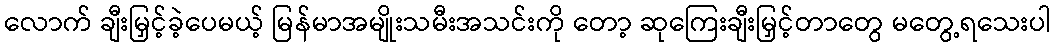
လောက် ချီးမြှင့်ခဲ့ပေမယ့် မြန်မာအမျိုးသမီးအသင်းကို တော့ ဆုကြေးချီးမြှင့်တာတွေ မတွေ့ရသေးပါ